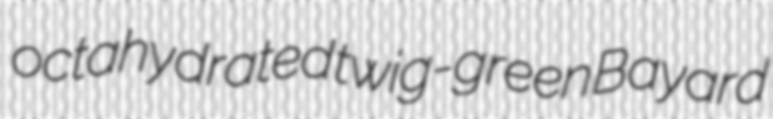
octahydrated twig-green Bayard